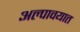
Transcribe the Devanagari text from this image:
अल्पावयात